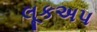
લૂકઅપ